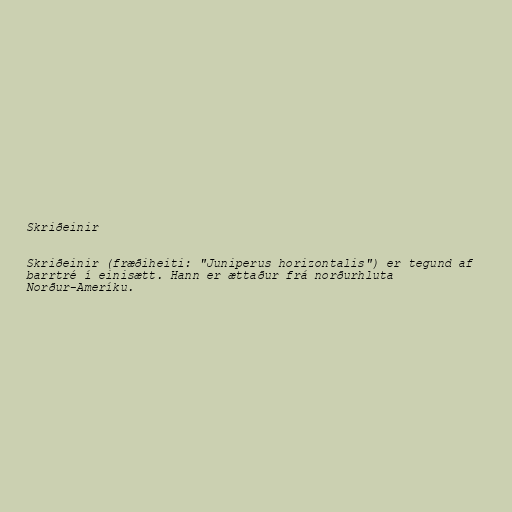
Skriðeinir

Skriðeinir (fræðiheiti: "Juniperus horizontalis") er tegund af
barrtré í einisætt. Hann er ættaður frá norðurhluta
Norður-Ameríku.